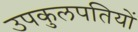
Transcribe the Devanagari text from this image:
उपकुलपतियों